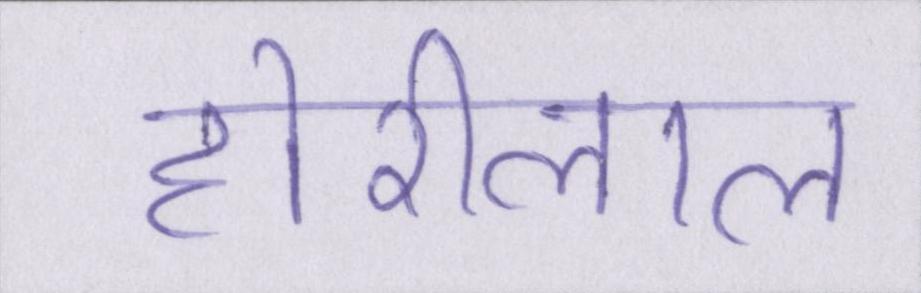
होरीलाल